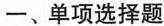
一、单项选择题